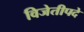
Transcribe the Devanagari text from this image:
विजेतीपदे